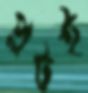
প্লটই